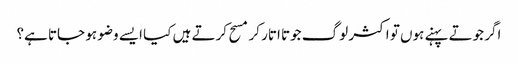
اگر جوتے پہنے ہوں تو اکثر لوگ جوتا اتار کر مسح کرتے ہیں کیا ایسے وضو ہو جاتا ہے؟